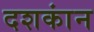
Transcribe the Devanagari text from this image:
दशकांन